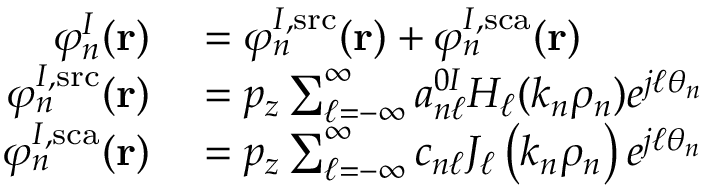
\begin{array} { r l } { \varphi _ { n } ^ { I } ( \mathbf { r } ) } & { { } = \varphi _ { n } ^ { I , \mathrm { s r c } } ( \mathbf { r } ) + \varphi _ { n } ^ { I , \mathrm { s c a } } ( \mathbf { r } ) } \\ { \varphi _ { n } ^ { I , \mathrm { s r c } } ( \mathbf { r } ) } & { { } = p _ { z } \sum _ { \ell = - \infty } ^ { \infty } a _ { n \ell } ^ { 0 I } H _ { \ell } ( k _ { n } \rho _ { n } ) e ^ { j \ell \theta _ { n } } } \\ { \varphi _ { n } ^ { I , \mathrm { s c a } } ( \mathbf { r } ) } & { { } = p _ { z } \sum _ { \ell = - \infty } ^ { \infty } c _ { n \ell } J _ { \ell } \left( k _ { n } \rho _ { n } \right) e ^ { j \ell \theta _ { n } } } \end{array}